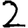
Digit: 2